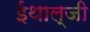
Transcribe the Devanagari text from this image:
ईथाल्जी